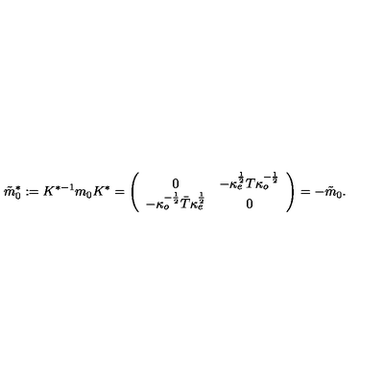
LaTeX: \tilde { m } _ { 0 } ^ { \ast } : = K ^ { \ast - 1 } m _ { 0 } K ^ { \ast } = \left( \begin{array} { c c } { 0 } & { - \kappa _ { e } ^ { \frac { 1 } { 2 } } T \kappa _ { o } ^ { - { \frac { 1 } { 2 } } } } \\ { - \kappa _ { o } ^ { - { \frac { 1 } { 2 } } } \bar { T } \kappa _ { e } ^ { \frac { 1 } { 2 } } } & { 0 } \\ \end{array} \right) = - \tilde { m } _ { 0 } .